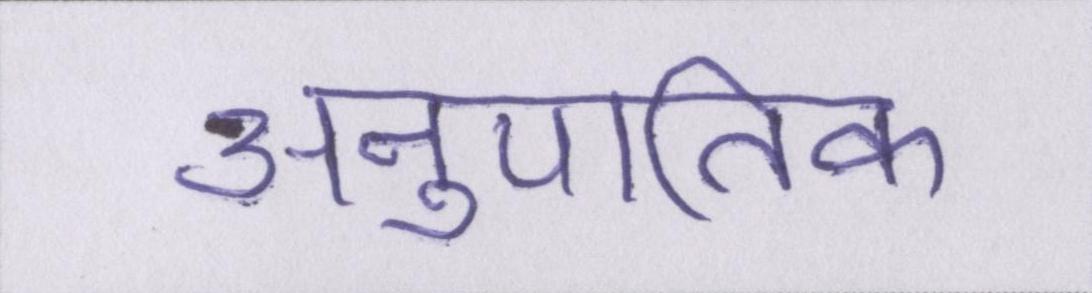
अनुपातिक